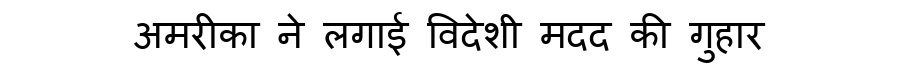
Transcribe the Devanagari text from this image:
अमरीका ने लगाई विदेशी मदद की गुहार